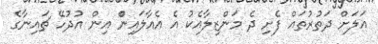
އަލަށް ދަތުރުތައް ފެށި ދެ މަންޒިލާއެކު އެ އެއާލައިންް އިން އުދުހޭ ޗައިނާގެ